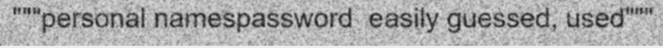
"""personal namespassword  easily guessed, used"""